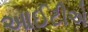
આઈટીએ